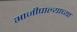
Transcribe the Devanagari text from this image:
भाजीपाल्याच्या